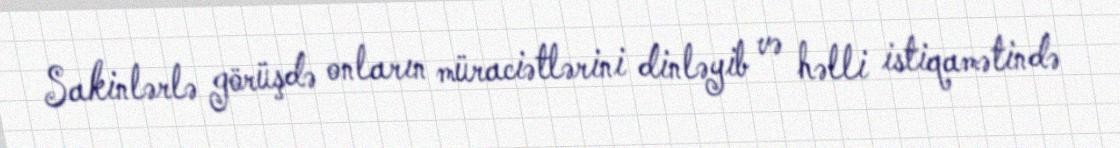
Sakinlərlə görüşdə onların müraciətlərini dinləyib və həlli istiqamətində